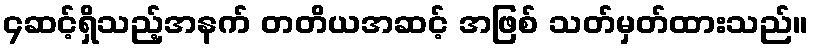
၄ဆင့်ရှိသည့်အနက် တတိယအဆင့် အဖြစ် သတ်မှတ်ထားသည်။